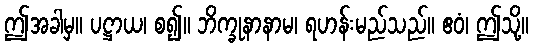
ဤအခါမှ။ ပဋ္ဌာယ၊ စ၍။ ဘိက္ခုနာနာမ၊ ရဟန်းမည်သည်။ ဧဝံ၊ ဤသို့။